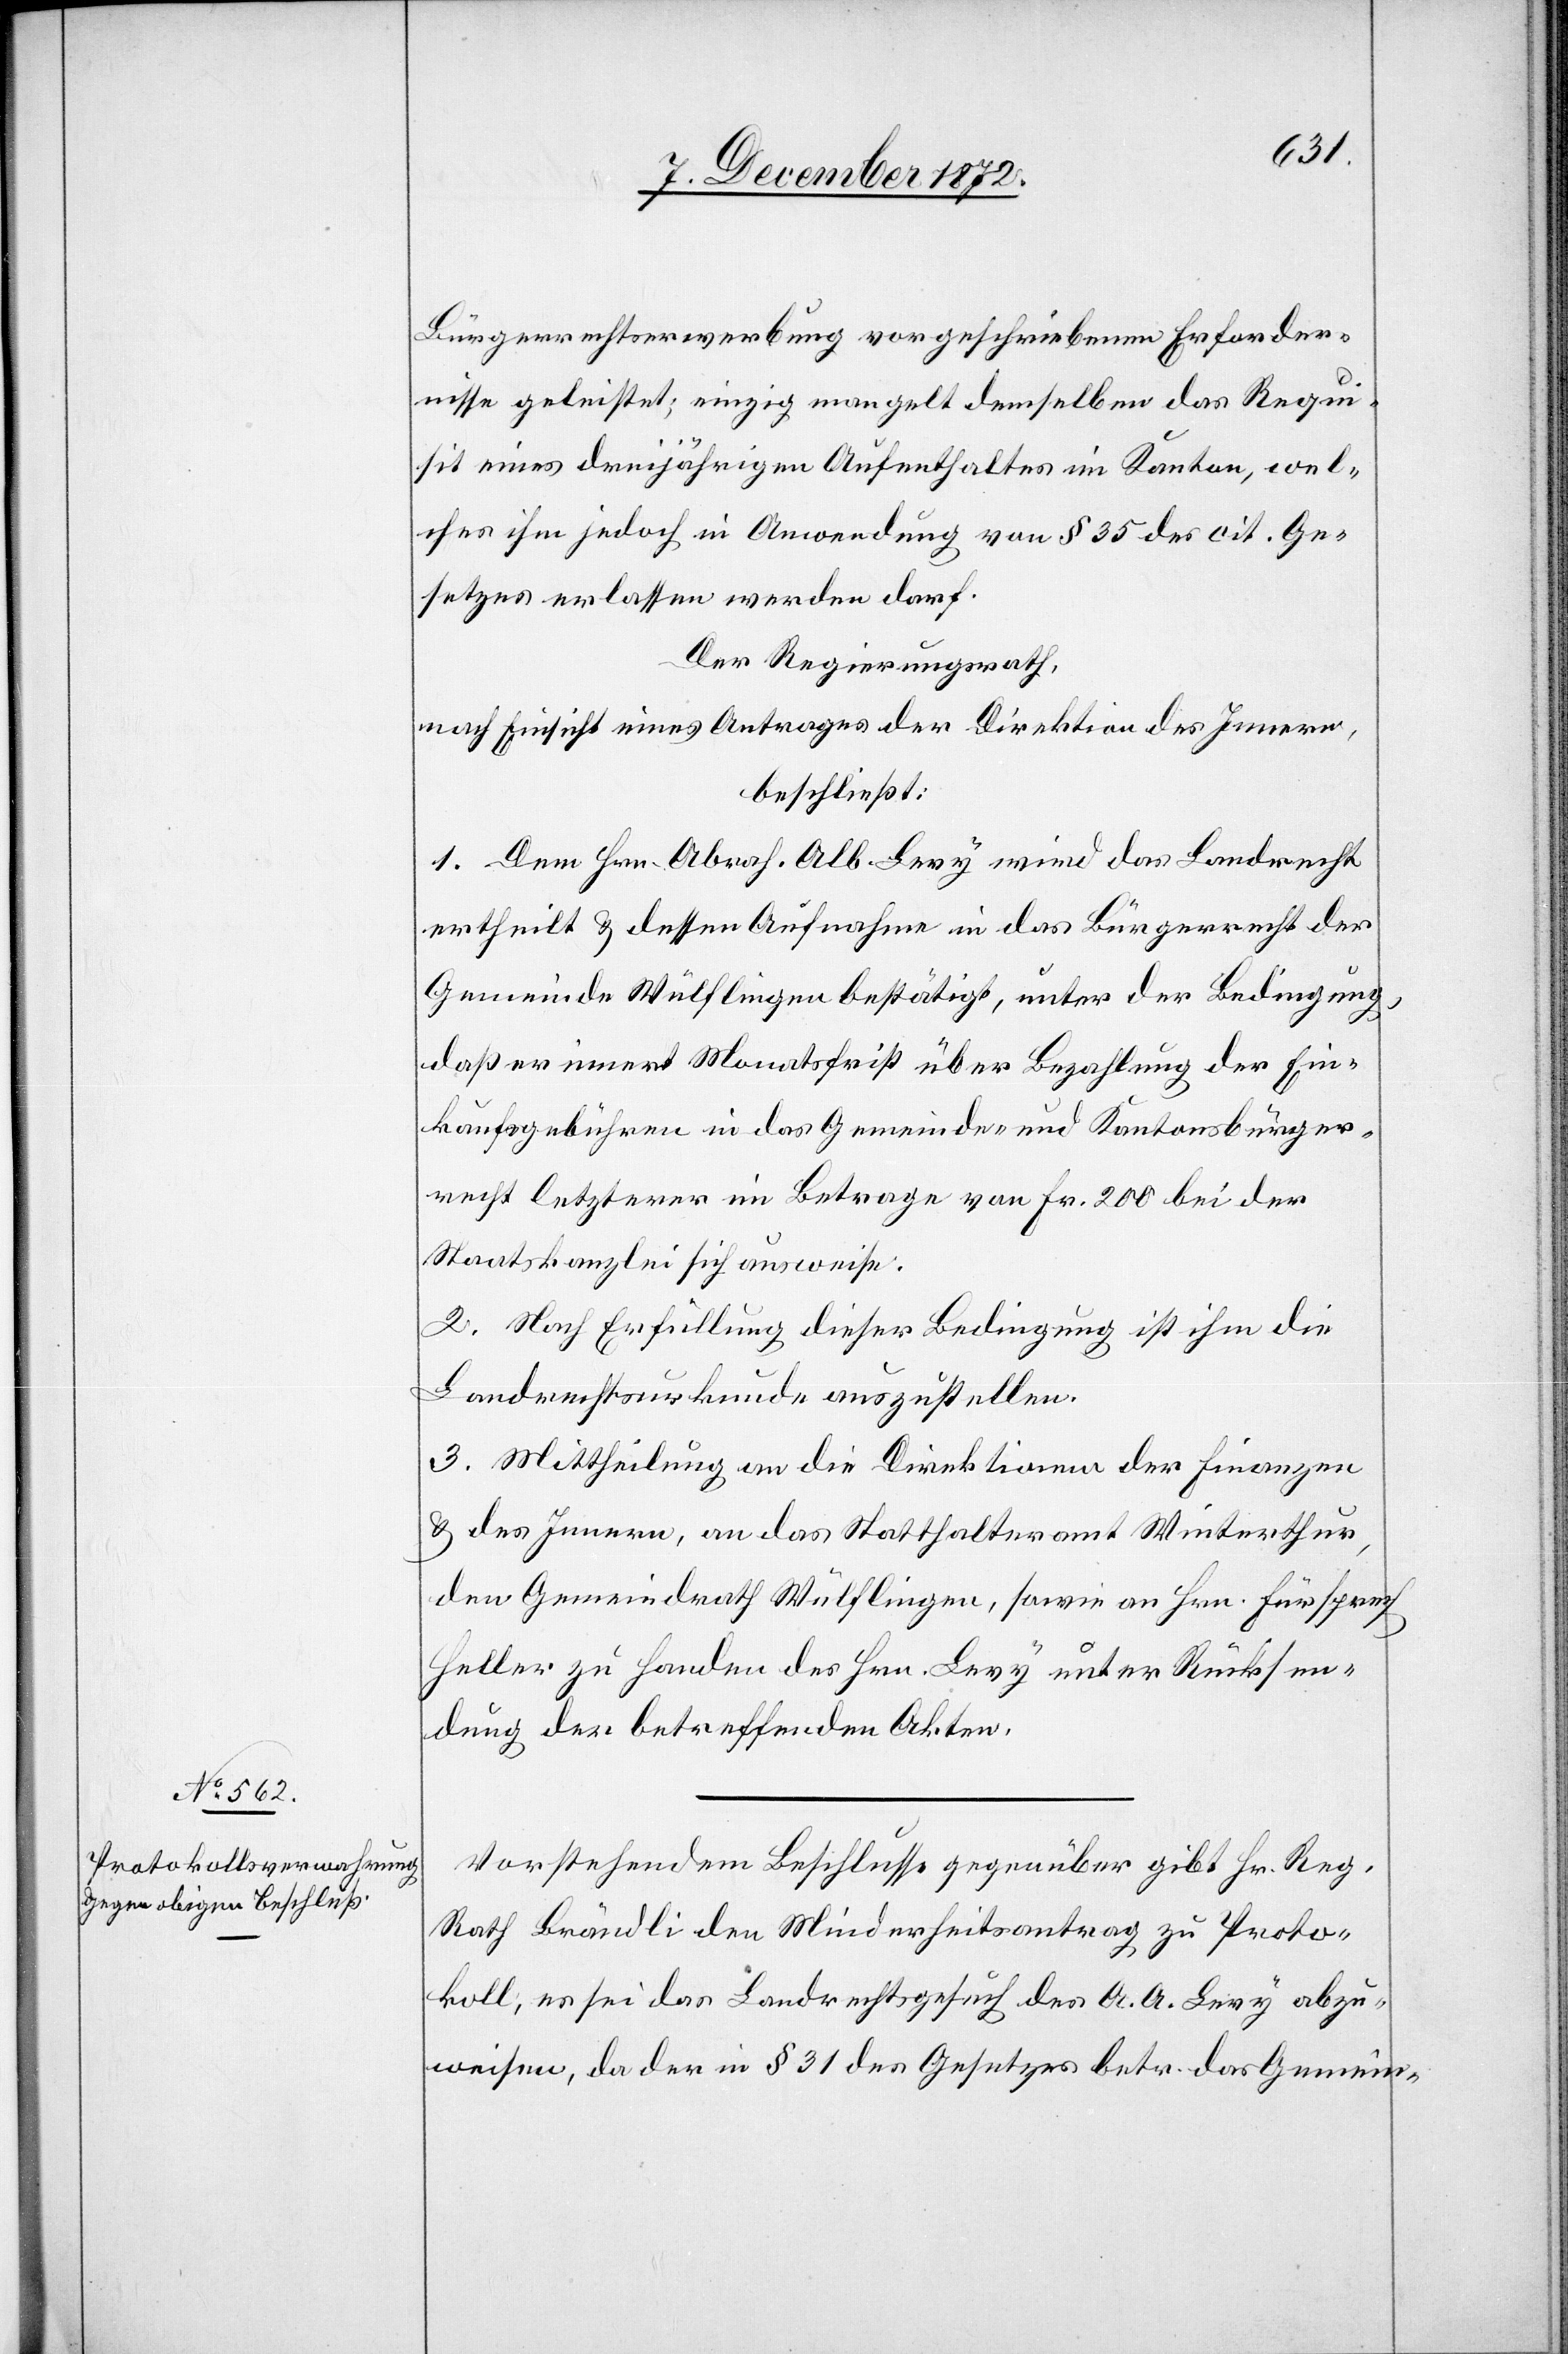
Bürgerrechtserwerbung vorgeschriebenen Erforder¬
nisse geleistet; einzig mangelt demselben das Requi¬
sit eines dreijährigen Aufenthaltes im Kanton, wel¬
ches ihm jedoch in Anwendung des § 35 des cit. Ge¬
setzes erlassen werden darf.
Der Regierungsrath,
nach Einsicht eines Antrages der Direktion des Innern,
beschließt:
1. Dem Hrn. Abrah. Alb. Levy wird das Landrecht
ertheilt u. dessen Aufnahme in das Bürgerrecht der
Gemeinde Wülflingen bestätigt, unter der Bedingung,
daß er innert Monatsfrist über Bezahlung der Ein¬
kaufsgebühren in das Gemeinde- und Kantonsbürger¬
recht letzterer im Betrage von Fr. 200 bei der
Staatskanzlei sich ausweise.
2. Nach Erfüllung dieser Bedingung ist ihm die
Landrechtsurkunde auszustellen.
3. Mittheilung an die Direktion der Finanzen
u. des Innern, an das Statthalteramt Winterthur,
den Gemeindrath Wülflingen, sowie an Hrn. Fürsprech
Heller zu Handen des Hrn. Levy unter Rücksen¬
dung der betreffenden Akten.
Vorstehendem Beschlusse gegenüber gibt Hr. Reg.
Rath Brändli den Minderheitsantrag zu Proto¬
koll, es sei das Landrechtsgesuch des A. A. Levy abzu¬
weisen, da der in § 31 des Gesetzes betr. das Gemein-